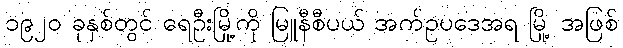
၁၉၂၀ ခုနှစ်တွင် ရေဦးမြို့ကို မြူနီစီပယ် အက်ဥပဒေအရ မြို့ အဖြစ်